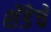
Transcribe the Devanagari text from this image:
शेंडेचे